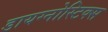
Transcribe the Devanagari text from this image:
डायग्नोस्टिक्स